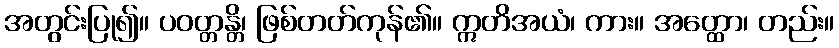
အတွင်းပြု၍။ ပဝတ္တန္တိ၊ ဖြစ်တတ်ကုန်၏။ ဣတိအယံ၊ ကား။ အတ္ထော၊ တည်း။